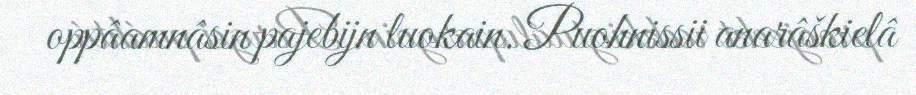
oppâamnâsin pajebijn luokain. Puohnissii anarâškielâ